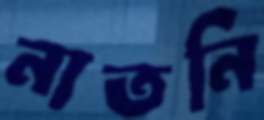
নাতনি